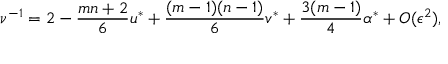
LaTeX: \nu ^ { - 1 } = 2 - { \frac { m n + 2 } { 6 } } u ^ { \ast } + { \frac { ( m - 1 ) ( n - 1 ) } { 6 } } v ^ { \ast } + { \frac { 3 ( m - 1 ) } { 4 } } \alpha ^ { \ast } + O ( \epsilon ^ { 2 } ) ,